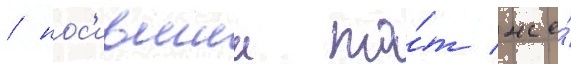
/ нос'ившии то́т же́